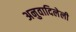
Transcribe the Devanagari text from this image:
अनुवादिलेली